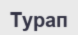
Турап